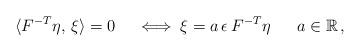
LaTeX: \begin{align*}\langle F^{-T} \eta,\, \xi\rangle=0 \quad\iff\xi=a\, \epsilon\, F^{-T}\eta \quad\; \ a\in \mathbb{R}\,,\end{align*}